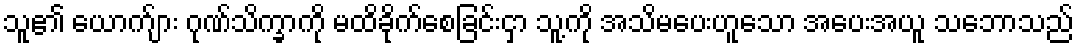
သူ၏ ယောက်ျား ဂုဏ်သိက္ခာကို မထိခိုက်စေခြင်းငှာ သူ့ကို အသိမပေးဟူသော အပေးအယူ သဘောသည်